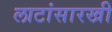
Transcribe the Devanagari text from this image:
लाटांसारखी